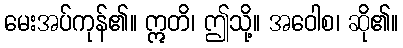
မေးအပ်ကုန်၏။ ဣတိ၊ ဤသို့။ အဝေါစ၊ ဆို၏။